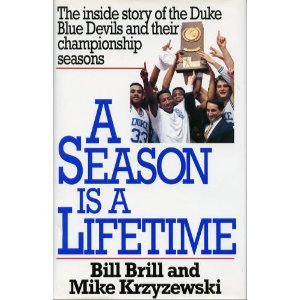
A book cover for A Season Is a Lifetime: The Inside Story of the Duke Blue Devils and Their Championship Seasons; Bill Brill; Sports & Outdoors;